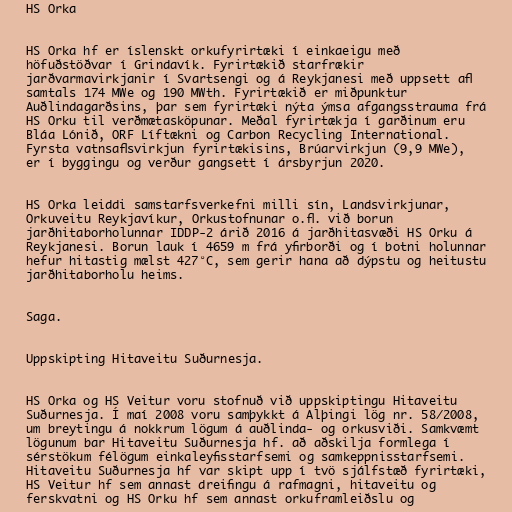
HS Orka

HS Orka hf er íslenskt orkufyrirtæki í einkaeigu með
höfuðstöðvar í Grindavík. Fyrirtækið starfrækir
jarðvarmavirkjanir í Svartsengi og á Reykjanesi með uppsett afl
samtals 174 MWe og 190 MWth. Fyrirtækið er miðpunktur
Auðlindagarðsins, þar sem fyrirtæki nýta ýmsa afgangsstrauma frá
HS Orku til verðmætasköpunar. Meðal fyrirtækja í garðinum eru
Bláa Lónið, ORF Líftækni og Carbon Recycling International.
Fyrsta vatnsaflsvirkjun fyrirtækisins, Brúarvirkjun (9,9 MWe),
er í byggingu og verður gangsett í ársbyrjun 2020.

HS Orka leiddi samstarfsverkefni milli sín, Landsvirkjunar,
Orkuveitu Reykjavíkur, Orkustofnunar o.fl. við borun
jarðhitaborholunnar IDDP-2 árið 2016 á jarðhitasvæði HS Orku á
Reykjanesi. Borun lauk í 4659 m frá yfirborði og í botni holunnar
hefur hitastig mælst 427°C, sem gerir hana að dýpstu og heitustu
jarðhitaborholu heims.

Saga.

Uppskipting Hitaveitu Suðurnesja.

HS Orka og HS Veitur voru stofnuð við uppskiptingu Hitaveitu
Suðurnesja. Í maí 2008 voru samþykkt á Alþingi lög nr. 58/2008,
um breytingu á nokkrum lögum á auðlinda- og orkusviði. Samkvæmt
lögunum bar Hitaveitu Suðurnesja hf. að aðskilja formlega í
sérstökum félögum einkaleyfisstarfsemi og samkeppnisstarfsemi.
Hitaveitu Suðurnesja hf var skipt upp í tvö sjálfstæð fyrirtæki,
HS Veitur hf sem annast dreifingu á rafmagni, hitaveitu og
ferskvatni og HS Orku hf sem annast orkuframleiðslu og